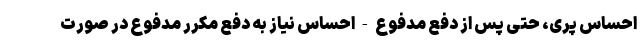
احساس پری، حتی پس از دفع مدفوع - احساس نیاز به دفع مکرر مدفوع در صورت